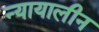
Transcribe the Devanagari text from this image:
न्यायालीन